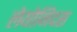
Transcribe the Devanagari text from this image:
लेयोनिदस